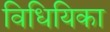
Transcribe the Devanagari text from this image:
विधियिका